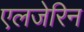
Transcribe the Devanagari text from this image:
एलजेरिन